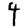
Digit: 4